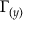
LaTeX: \Gamma _ { ( y ) }